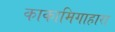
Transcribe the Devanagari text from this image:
काकामिगाहारा